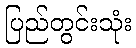
ပြည်တွင်းသုံး